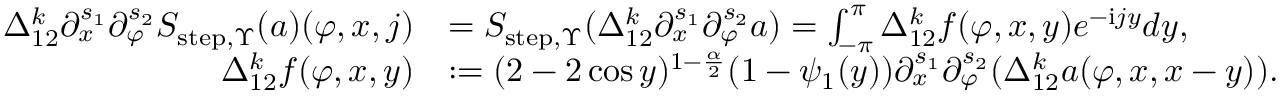
\begin{array} { r l } { \Delta _ { 1 2 } ^ { k } \partial _ { x } ^ { s _ { 1 } } \partial _ { \varphi } ^ { s _ { 2 } } S _ { \mathrm { s t e p } , \Upsilon } ( a ) ( \varphi , x , j ) } & { = S _ { \mathrm { s t e p } , \Upsilon } ( \Delta _ { 1 2 } ^ { k } \partial _ { x } ^ { s _ { 1 } } \partial _ { \varphi } ^ { s _ { 2 } } a ) = \int _ { - \pi } ^ { \pi } \Delta _ { 1 2 } ^ { k } f ( \varphi , x , y ) e ^ { - \mathrm { i } j y } d y , } \\ { \Delta _ { 1 2 } ^ { k } f ( \varphi , x , y ) } & { : = ( 2 - 2 \cos y ) ^ { 1 - \frac { \alpha } 2 } ( 1 - \psi _ { 1 } ( y ) ) \partial _ { x } ^ { s _ { 1 } } \partial _ { \varphi } ^ { s _ { 2 } } ( \Delta _ { 1 2 } ^ { k } a ( \varphi , x , x - y ) ) . } \end{array}